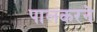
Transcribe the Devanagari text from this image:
पालकरने